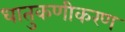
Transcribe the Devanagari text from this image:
धातुकणीकरण